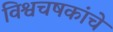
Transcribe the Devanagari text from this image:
विश्वचषकांचे